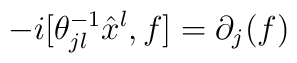
-i[\theta^{-1}_{jl}\hat x^{l}, f] = \partial_{j}(f)